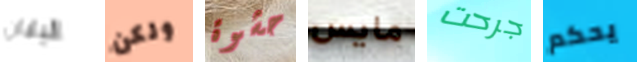
اليابان ولكن حشوة مايس جرحت يحكم